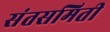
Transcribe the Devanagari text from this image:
संतसमिती